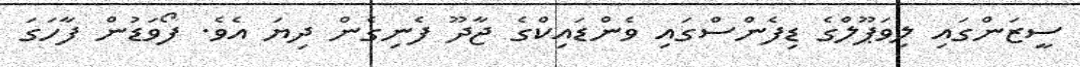
ސީޒަންގައި ލިވަޕޫލްގެ ޑިފެންސްގައި ވެންޑައިކްގެ ޖާދޫ ފެނިގެން ދިޔަ އެވެ. ފޯވަޑުން ފާހަގަ